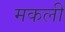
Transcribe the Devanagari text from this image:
मकली